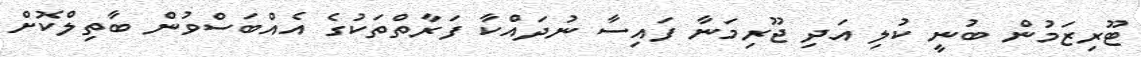
ޓޫރިޒަމުން ބުނީ ކުލި އަދި ޖޫރިމަނާ ފައިސާ ނުދައްކާ ފަރާތްތަކުގެ އެއްބަސްވުން ބާތިލްކޮށް